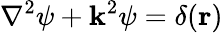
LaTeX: \nabla^{2}\psi+\mathbf{k}^{2}\psi=\delta(\mathbf{{r}})